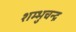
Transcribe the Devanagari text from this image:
शम्भुचन्द्र